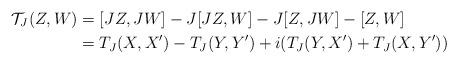
LaTeX: \begin{align*}\mathcal{T}_J(Z,W)&=[JZ,JW]-J[JZ,W]-J[Z,JW]-[Z,W]\\&=T_J(X,X')-T_J(Y,Y')+i(T_J(Y,X')+T_J(X,Y'))\end{align*}